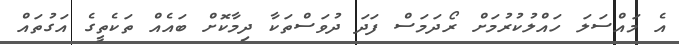
އެ މައްސަލަ ހައްލުކުރުމަށް ރޯދަމަސް ފަދަ ދުވަސްތަކާ ދިމާކޮށް ބައެއް ތަކެތީގެ އަގުތައް